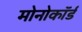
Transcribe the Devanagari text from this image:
मोनोकॉर्ड